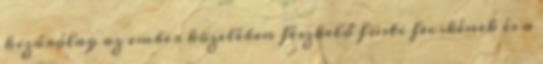
kizárólag az ember közelében fészkelő füsti fecskének és a